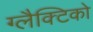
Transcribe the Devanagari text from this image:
ग्‍लैक्टिको